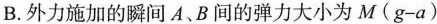
B.外力施加的瞬间A、B间的弹力大小为$$M ( g - a )$$